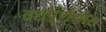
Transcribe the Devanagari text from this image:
दशपूर्णयास